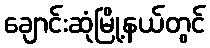
ချောင်းဆုံမြို့နယ်တွင်